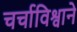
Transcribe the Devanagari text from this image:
चर्चाविश्वाने